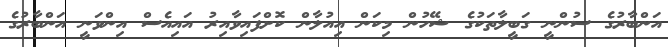
އަންބާރުގެ ސުންނީ ގަބީލާތަކުގެ ޝޭހުން މިކަން އިއުލާން ކޮށްފައިވާއިރު އައިއެސް އިންވަނީ އަންބާރުގެ